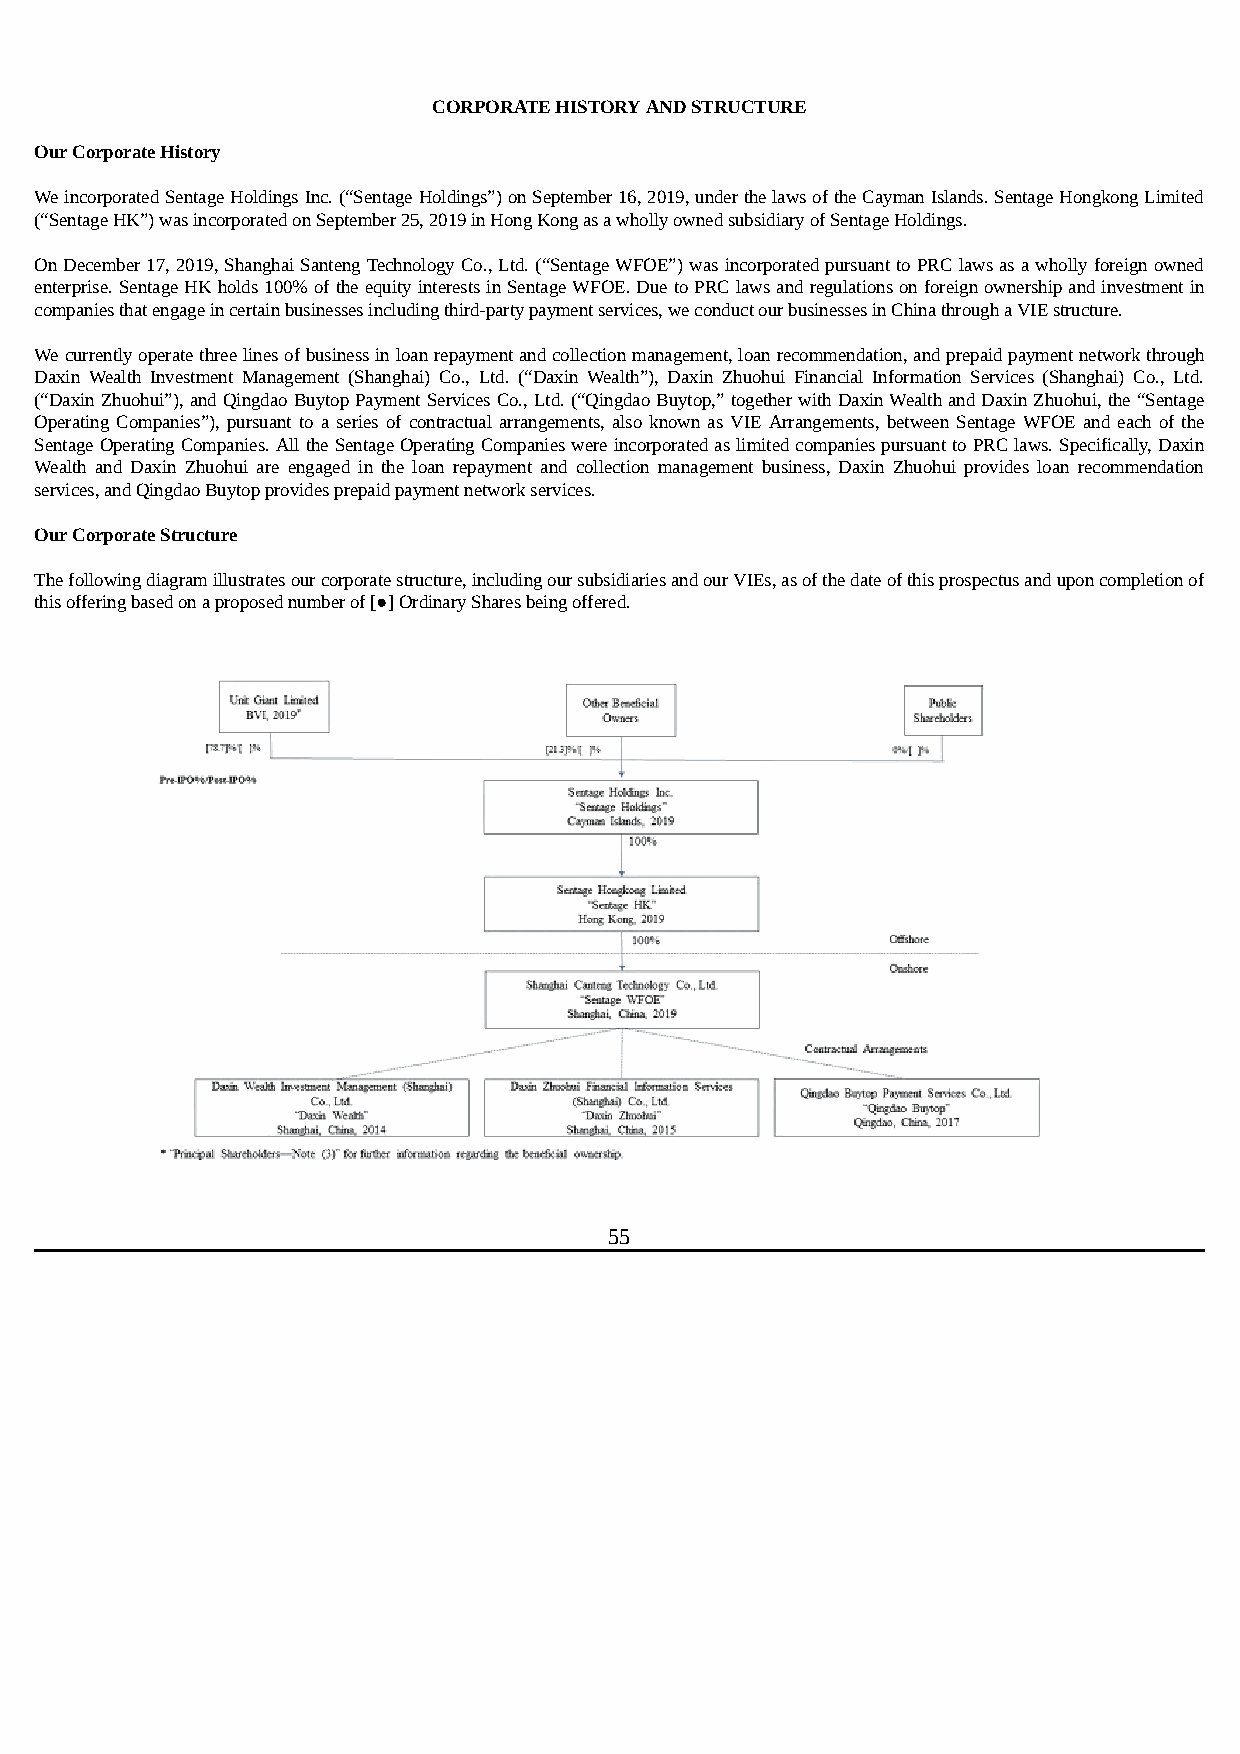
CORPORATE HISTORY AND STRUCTURE
 Our Corporate History
 We incorporated Sentage Holdings Inc. (“Sentage Holdings”) on September 16, 2019, under the laws of the Cayman Islands. Sentage Hongkong Limited
 (“Sentage HK”) was incorporated on September 25, 2019 in Hong Kong as a wholly owned subsidiary of Sentage Holdings.
 On December 17, 2019, Shanghai Santeng Technology Co., Ltd. (“Sentage WFOE”) was incorporated pursuant to PRC laws as a wholly foreign owned
 enterprise. Sentage HK holds 100% of the equity interests in Sentage WFOE. Due to PRC laws and regulations on foreign ownership and investment in
 companies that engage in certain businesses including third-party payment services, we conduct our businesses in China through a VIE structure.
 We currently operate three lines of business in loan repayment and collection management, loan recommendation, and prepaid payment network through
 Daxin Wealth Investment Management (Shanghai) Co., Ltd. (“Daxin Wealth”), Daxin Zhuohui Financial Information Services (Shanghai) Co., Ltd.
 (“Daxin Zhuohui”), and Qingdao Buytop Payment Services Co., Ltd. (“Qingdao Buytop,” together with Daxin Wealth and Daxin Zhuohui, the “Sentage
 Operating Companies”), pursuant to a series of contractual arrangements, also known as VIE Arrangements, between Sentage WFOE and each of the
 Sentage Operating Companies. All the Sentage Operating Companies were incorporated as limited companies pursuant to PRC laws. Specifically, Daxin
 Wealth and Daxin Zhuohui are engaged in the loan repayment and collection management business, Daxin Zhuohui provides loan recommendation
 services, and Qingdao Buytop provides prepaid payment network services.
 Our Corporate Structure
 The following diagram illustrates our corporate structure, including our subsidiaries and our VIEs, as of the date of this prospectus and upon completion of
 this offering based on a proposed number of [●] Ordinary Shares being offered.
 55